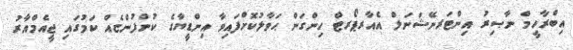
އިބްރާހީމް ނާޞިރު އިންޓަރނޭޝަނަލް އެއާރޕޯރޓް ހިންގަން ޙަވާލުކޮށްފައިވާ އިންޑީޔާގެ ކުންފުންޏެއް ކަމުގައި ޖީއެމްއާރު